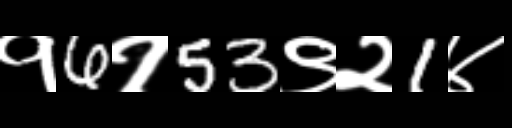
Text: १6१53९२1४